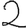
Digit: 2